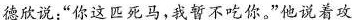
德欣说:“你这匹死马，我暂不吃你。"他说着攻